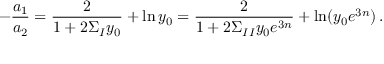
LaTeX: - { \frac { a _ { 1 } } { a _ { 2 } } } = { \frac { 2 } { 1 + 2 \Sigma _ { I } y _ { 0 } } } + \ln y _ { 0 } = { \frac { 2 } { 1 + 2 \Sigma _ { I I } y _ { 0 } e ^ { 3 n } } } + \ln ( y _ { 0 } e ^ { 3 n } ) \, .